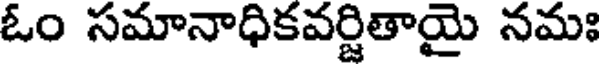
ఓం సమానాధికవర్జితాయై నమః